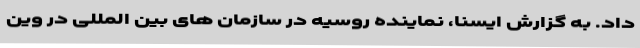
داد. به گزارش ایسنا، نماینده روسیه در سازمان های بین المللی در وین